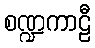
စဏ္ဍကာဠီ